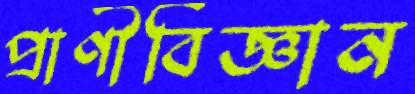
প্রাণীবিজ্ঞান